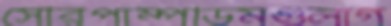
সৌরপাম্পডিমগুলাগ